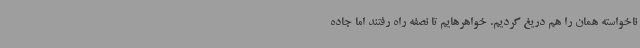
ناخواسته همان را هم دریغ کردیم. خواهرهایم تا نصفه راه رفتند اما جاده